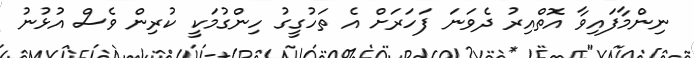
ނިންމާފައިވާ އޮތްއިރު ދެވަނަ ފަހަރަށް އެ ތަހުގީގު ހިންގުމަކީ ކުރިން ވެސް އުޅުނު